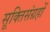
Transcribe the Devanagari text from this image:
सूक्तिसंग्रहों